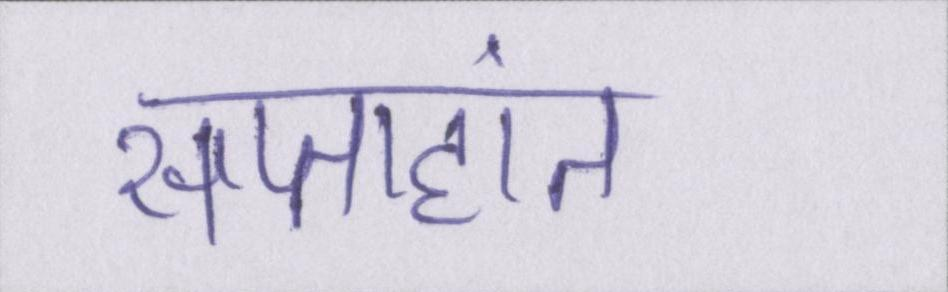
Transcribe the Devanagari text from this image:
सप्ताहांत